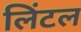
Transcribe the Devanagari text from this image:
लिंटल